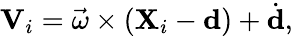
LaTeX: \mathbf{V}_{i}={\vec{\omega}}\times(\mathbf{X}_{i}-\mathbf{d})+{\dot{\mathbf{d}}},